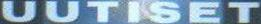
UUTISET